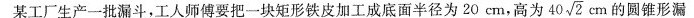
某工厂生产一批漏斗，工人师傅要把一块矩形铁皮加工成底面半径为20cm，高为40\sqrt{2}cm的圆锥形漏